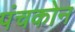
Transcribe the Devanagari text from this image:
पंचकोन